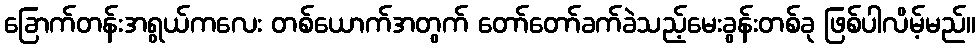
ခြောက်တန်းအရွယ်ကလေး တစ်ယောက်အတွက် တော်တော်ခက်ခဲသည့်မေးခွန်းတစ်ခု ဖြစ်ပါလိမ့်မည်။